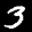
Label: 3